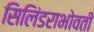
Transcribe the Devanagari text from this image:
सिलिंडराभोवती